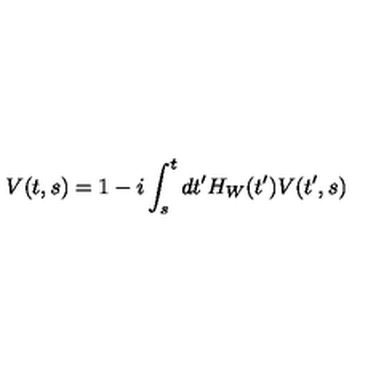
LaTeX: V ( t , s ) = 1 - i \int _ { s } ^ { t } d t ^ { \prime } H _ { W } ( t ^ { \prime } ) V ( t ^ { \prime } , s )